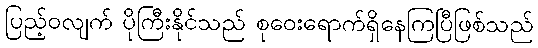
ပြည့်ဝလျက် ပိုကြီးနိုင်သည် စုဝေးရောက်ရှိနေကြပြီဖြစ်သည်